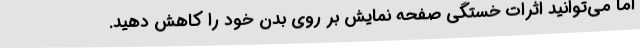
اما می‌توانید اثرات خستگی صفحه نمایش بر روی بدن خود را کاهش دهید.